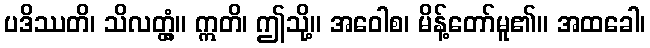
ပဒိဿတိ၊ သိလတ္တံ့။ ဣတိ၊ ဤသို့။ အဝေါစ၊ မိန့်တော်မူ၏။ အထခေါ၊